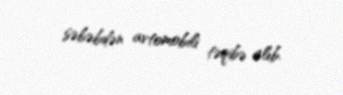
səbəbdən avtomobili təqibə alıb.